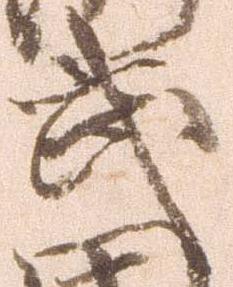
武